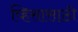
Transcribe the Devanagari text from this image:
व्हिसासाठी